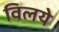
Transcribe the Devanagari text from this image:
विलये